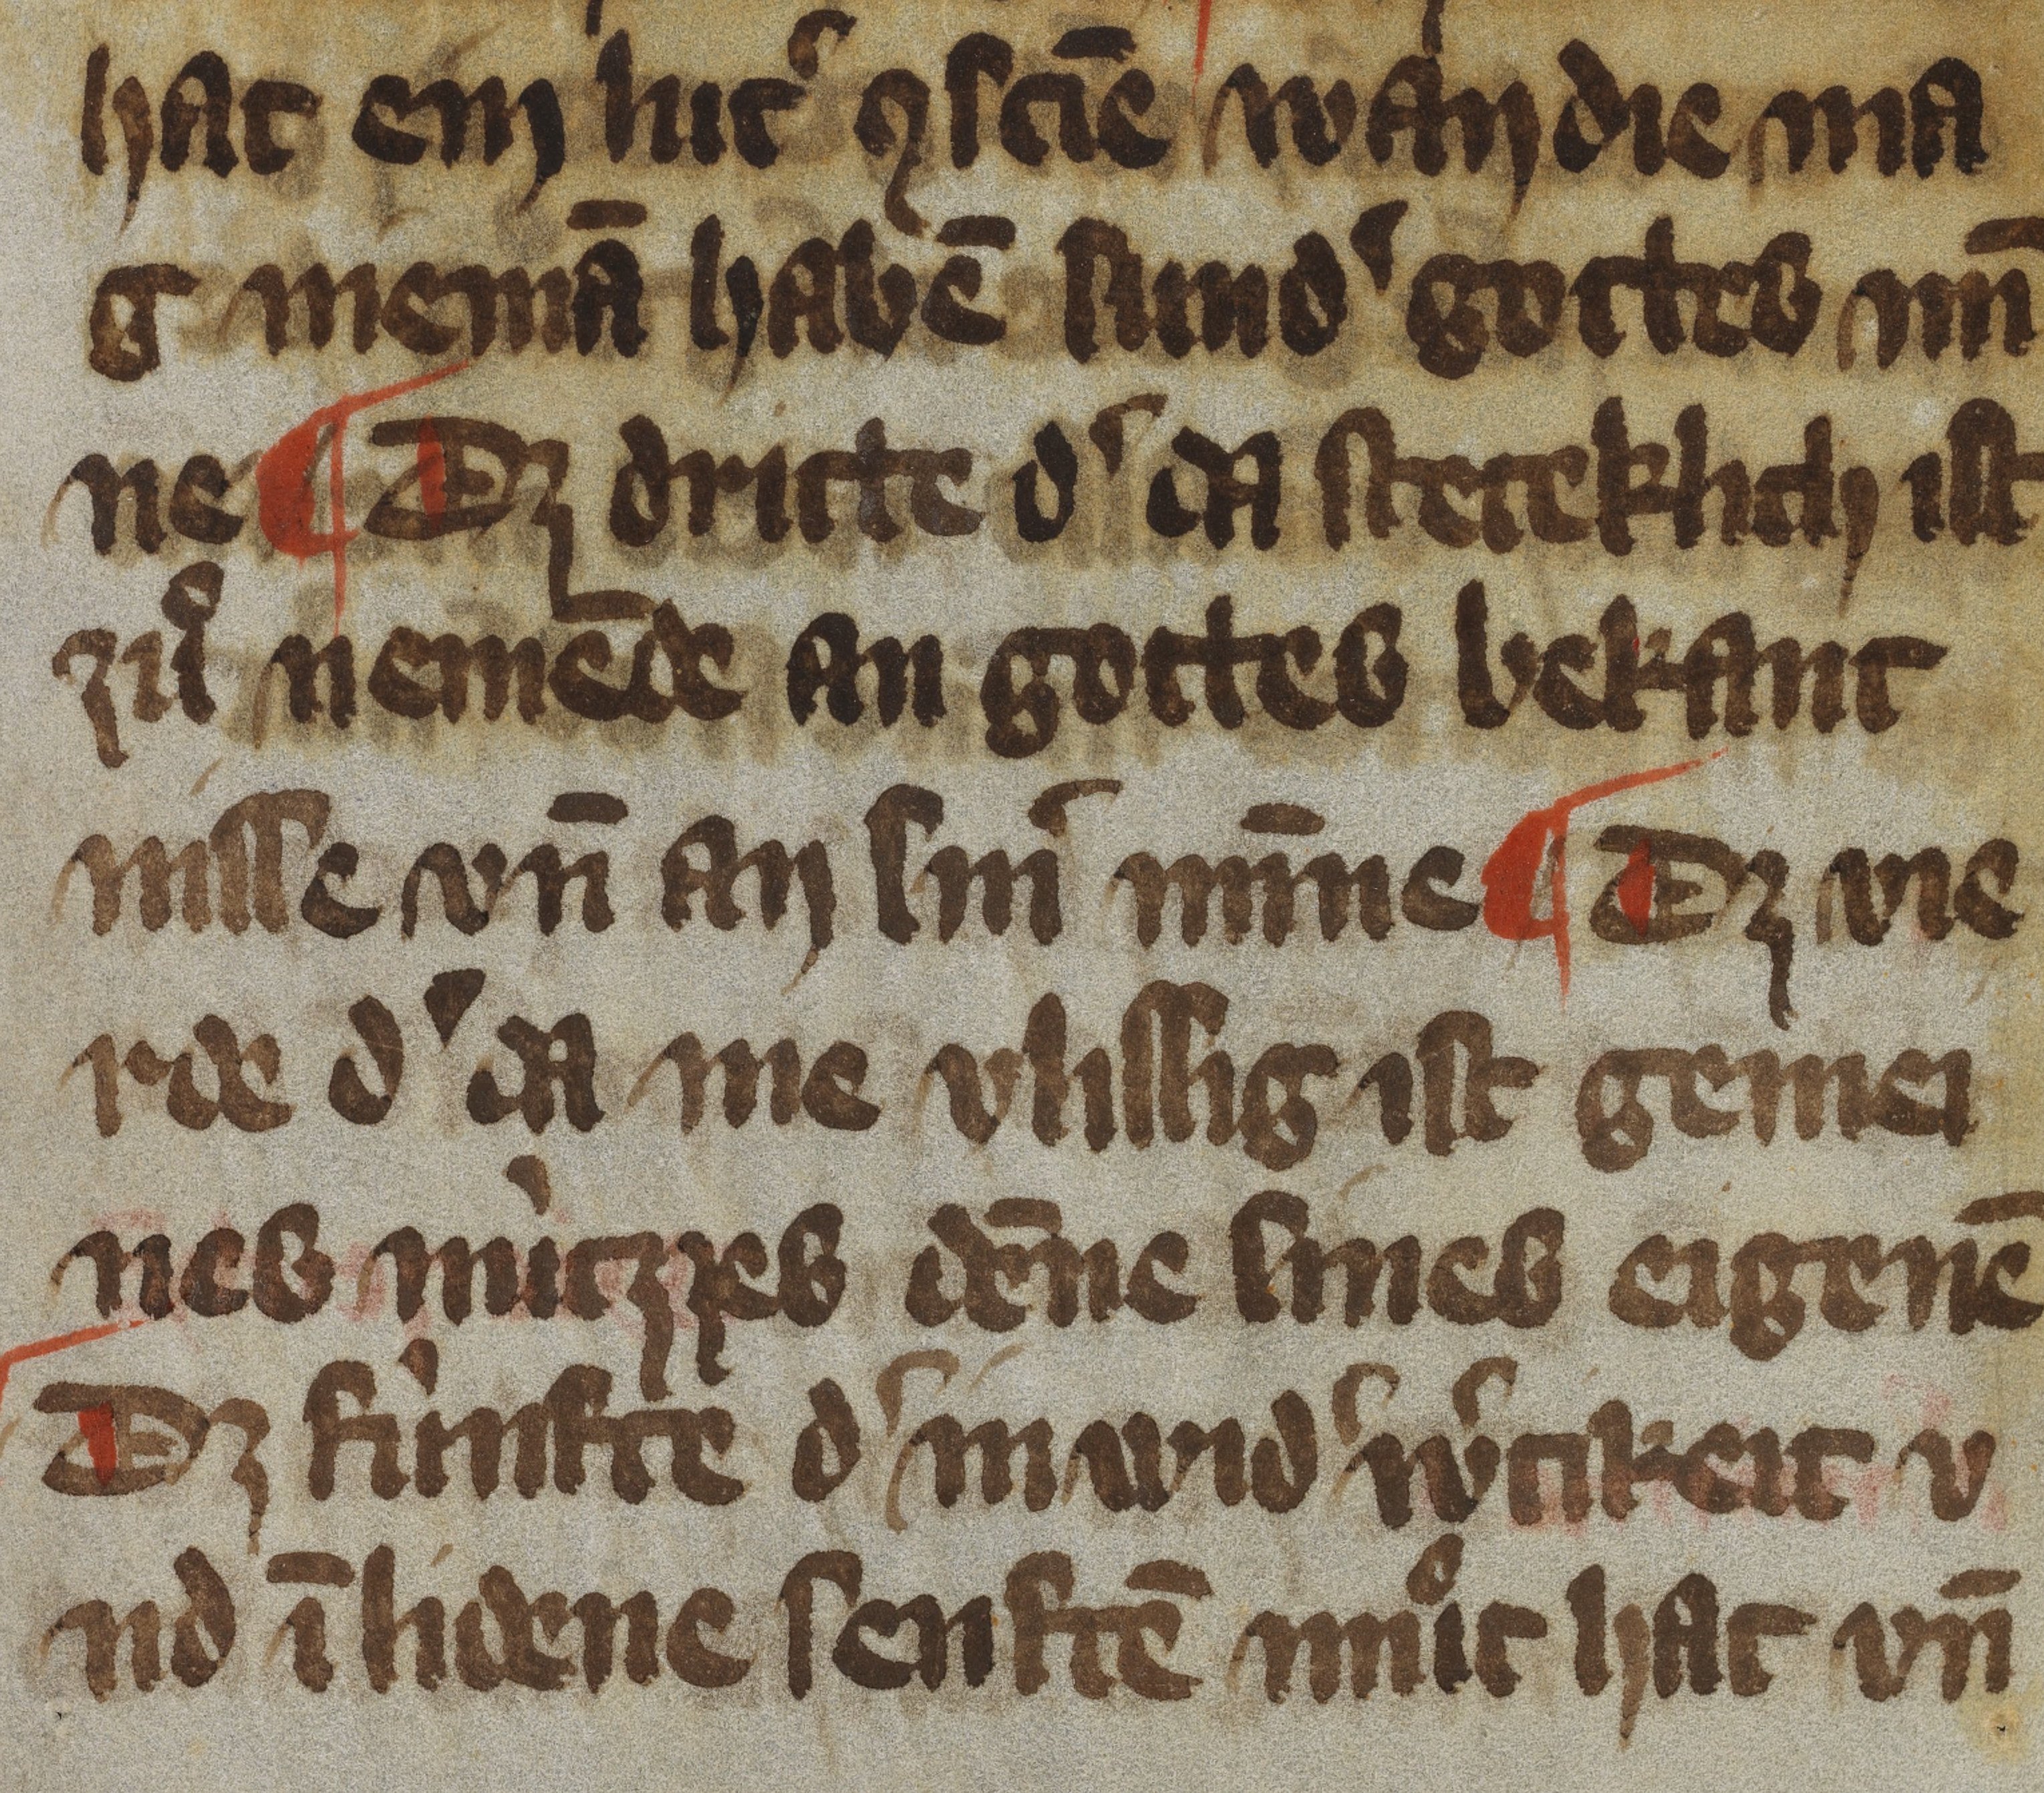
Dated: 1350–1399